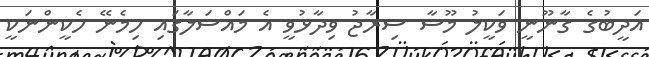
އަދީބުގެ ގާނޫނީ ވަކީލު މޫސާ ސިރާޖު ވިދާޅުވީ އެ މައްސަލާގައި ހިމެނޭ ހެކީންނަކީ